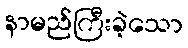
နာမည်ကြီးခဲ့သော